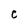
Character: C